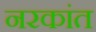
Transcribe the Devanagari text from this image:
नरकांत